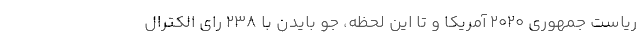
ریاست جمهوری ۲۰۲۰ آمریکا و تا این لحظه، جو بایدن با ۲۳۸ رای الکترال